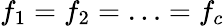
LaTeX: f_{1}=f_{2}=\ldots=f_{c}